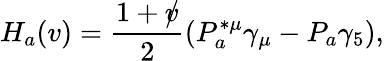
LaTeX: H_{a}(v)=\frac{1+\rlap/v}{2}(P_{a}^{*\mu}\gamma_{\mu}-P_{a}\gamma_{5}),